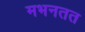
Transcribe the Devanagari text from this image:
मभनतत